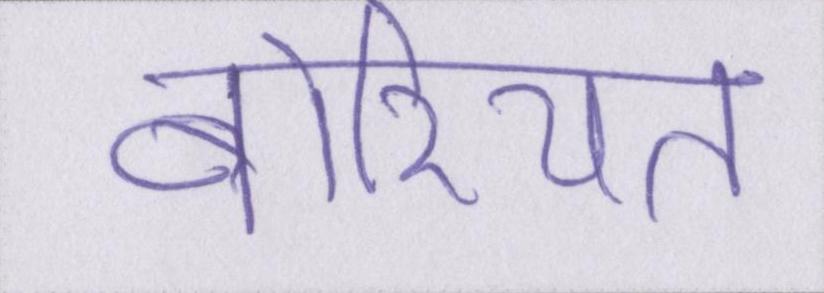
बोरियत